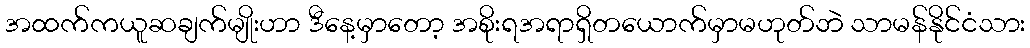
အထက်ကယူဆချက်မျိုးဟာ ဒီနေ့မှာတော့ အစိုးရအရာရှိတယောက်မှာမဟုတ်ဘဲ သာမန်နိုင်ငံသား